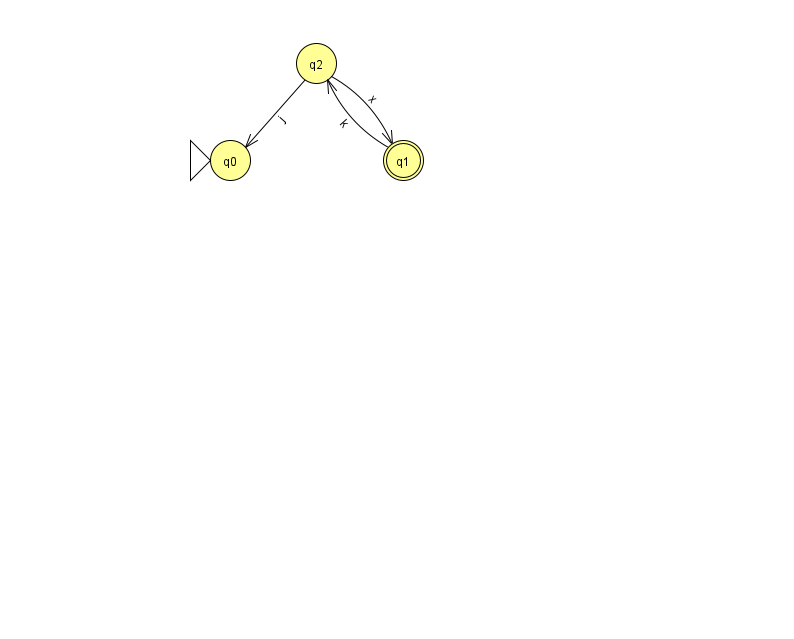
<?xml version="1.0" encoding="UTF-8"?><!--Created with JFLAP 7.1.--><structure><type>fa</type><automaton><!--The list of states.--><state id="0" name="q0"><x>230.0</x><y>147.0</y><initial/></state><state id="1" name="q1"><x>403.0</x><y>147.0</y><final/></state><state id="2" name="q2"><x>316.0</x><y>50.0</y></state><!--The list of transitions.--><transition><from>2</from><to>1</to><read>x</read></transition><transition><from>1</from><to>2</to><read>k</read></transition><transition><from>2</from><to>0</to><read>j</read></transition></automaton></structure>